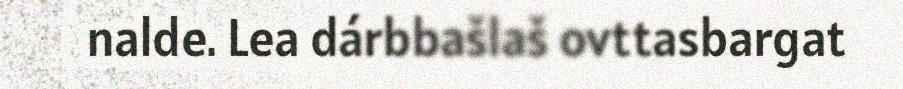
nalde. Lea dárbbašlaš ovttasbargat